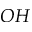
O H